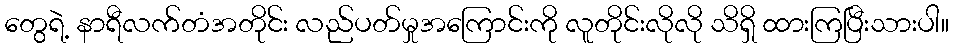
တွေရဲ့ နာရီလက်တံအတိုင်း လည်ပတ်မှုအကြောင်းကို လူတိုင်းလိုလို သိရှိ ထားကြပြီးသားပါ။